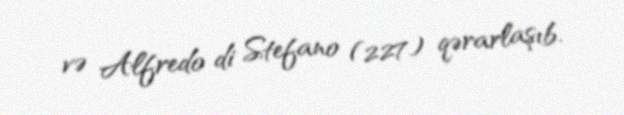
və Alfredo di Stefano (227) qərarlaşıb.